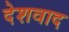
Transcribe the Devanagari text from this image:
देशवाद